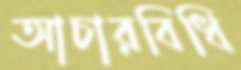
আচারবিধি